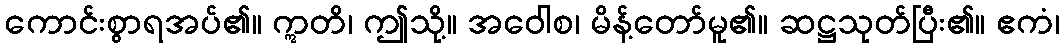
ကောင်းစွာရအပ်၏။ ဣတိ၊ ဤသို့။ အဝေါစ၊ မိန့်တော်မူ၏။ ဆဋ္ဌသုတ်ပြီး၏။ ဧကံ၊